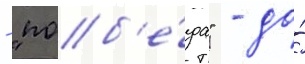
- "поб'е́да" - до́